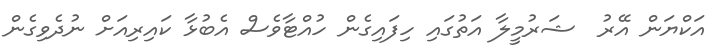
އަކްޔަން އޭރު  ޝަރުމީލާ އަތުގައި ހިފައިގެން ހުއްޓާވެސް އެބުޅާ ކައިރިއަށް ނުދެވިގެން